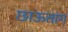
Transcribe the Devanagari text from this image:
छाऊतांग